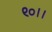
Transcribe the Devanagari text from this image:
९०।।